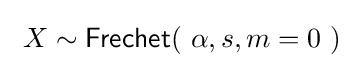
\ X\sim {\textsf {Frechet}}(\ \alpha ,s,m=0\ )\